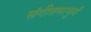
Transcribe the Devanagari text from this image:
संगीतमाधुर्य